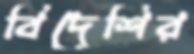
বিদেশির